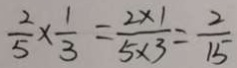
\frac { 2 } { 5 } \times \frac { 1 } { 3 } = \frac { 2 \times 1 } { 5 \times 3 } = \frac { 2 } { 1 5 }